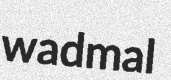
wadmal